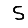
Digit: 5